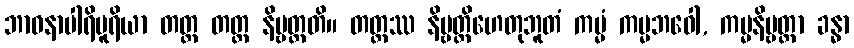
ဘာဝနာပါရိပူရိယာ တတ္ထ တတ္ထ နိဗ္ဗတ္တတိ။ တတ္ထဿ နိဗ္ဗတ္တိဟေတုဘူတံ ကမ္မံ ကမ္မဘဝေါ, ကမ္မနိဗ္ဗတ္တာ ခန္ဓာ